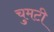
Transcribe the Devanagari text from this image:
चुमटी